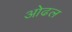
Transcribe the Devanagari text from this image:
ओढल